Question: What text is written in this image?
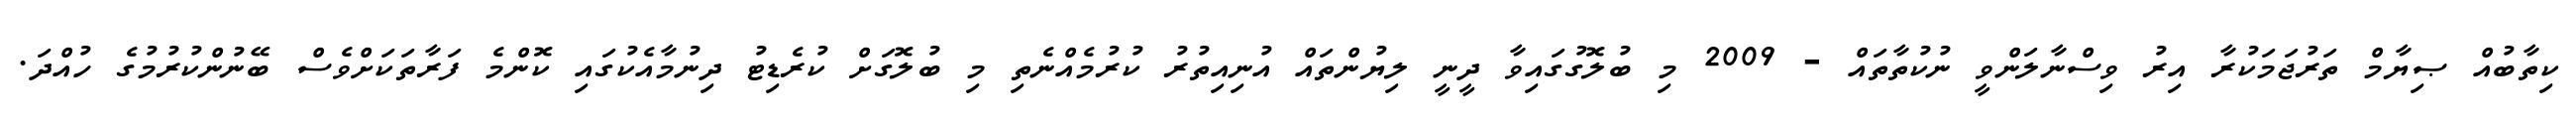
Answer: ކިތާބުއް ޞިޔާމް ތަރުޖަމަކުރާ އިރު ވިސްނާލަންވީ ނުކުތާތައް - 2009 މި ބުލޮގުގައިވާ ދީނީ ލިޔުންތައް އުނިއިތުރު ކުރުމެއްނެތި މި ބުލޮގަށް ކުރެޑިޓު ދިނުމާއެކުގައި ކޮންމެ ފަރާތަކަށްވެސް ބޭނުންކުރުމުގެ ހުއްދަ.